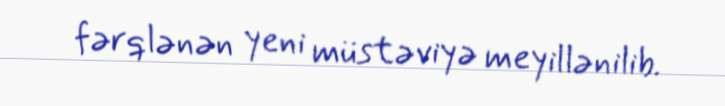
fərqlənən yeni müstəviyə meyillənilib.